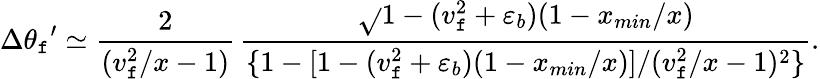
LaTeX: \Delta{\theta_{\mathtt{f}}}^{\prime}\simeq\frac{{2}}{{(v_{\mathtt{f}}^{2}/x-1)}}\, \frac{{\sqrt{}{{1-(v_{\mathtt{f}}^{2}+\varepsilon_{b})(1-x_{min}/x)}}}}{{\{ 1-[1-(v_{\mathtt{f}}^{2}+\varepsilon_{b})(1-x_{min}/x)]/(v_{\mathtt{f}}^{2}/x-1)^{2}\} }}.